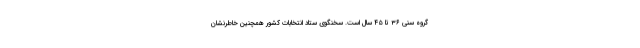
گروه سنی ۳۶ تا ۴۵ سال است. سخنگوی ستاد انتخابات کشور همچنین خاطرنشان